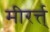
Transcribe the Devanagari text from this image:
मीरर्त्त्